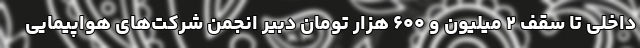
داخلی تا سقف ۲ میلیون و ۶۰۰ هزار تومان دبیر انجمن شرکت‌های هواپیمایی